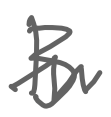
Text: B
Cross-out: zig-zag
Writing tool: digital_gray